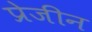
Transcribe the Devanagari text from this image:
प्रेजीन